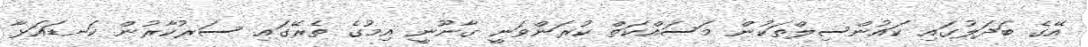
އޭގެ ބަދަލުގައި ކައުންސިލްތަކުން މަސައްކަތް ކުރަންވަނީ ގާނޫނީ އިމުގެ ތެރޭގައި ސަރުކާރުން ކަނޑައަޅާ